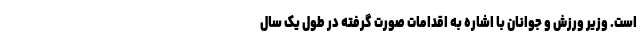
است. وزیر ورزش و جوانان با اشاره به اقدامات صورت گرفته در طول یک سال